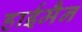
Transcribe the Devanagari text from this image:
हाईमैन